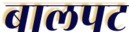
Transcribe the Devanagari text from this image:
बालपट